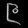
Digit: ၉